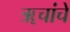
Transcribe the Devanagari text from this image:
ॠचांचे